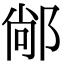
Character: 䣊